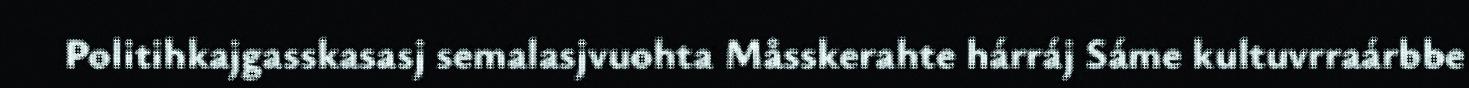
Politihkajgasskasasj semalasjvuohta Måsskerahte hárráj Sáme kultuvrraárbbe